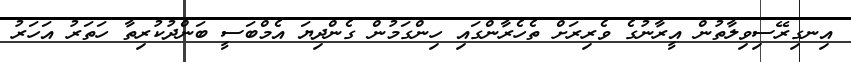
އިނގިރޭސިވިލާތުން އީރާނުގެ ވެރިރަށް ތެހެރާންގައި ހިންގަމުން ގެންދިޔަ އެމްބަސީ ބަންދުކުރިތާ ހަތަރު އަހަރު